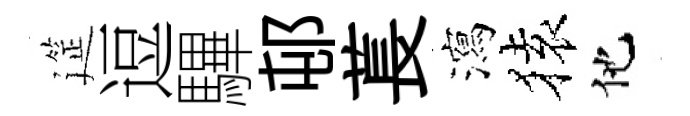
筵逗驆邨萇瀉𫞤他